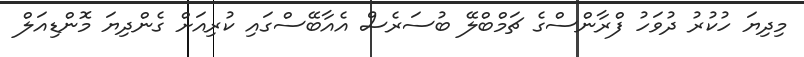
މިދިޔަ ހުކުރު ދުވަހު ފްރާންސްގެ ޗަމްބްލޭ ބުސަރެސް އެއާބޭސްގައި ކުރިއަށް ގެންދިޔަ މޮންޑިއަލް